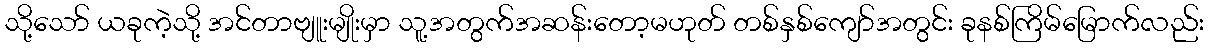
သို့သော် ယခုကဲ့သို့ အင်တာဗျူးမျိုးမှာ သူ့အတွက်အဆန်းတော့မဟုတ် တစ်နှစ်ကျော်အတွင်း ခုနစ်ကြိမ်မြောက်လည်း